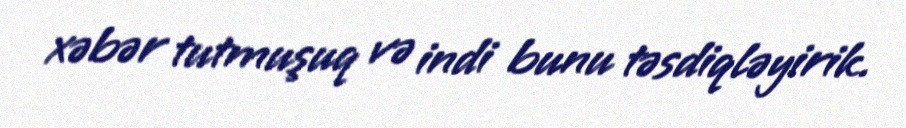
xəbər tutmuşuq və indi bunu təsdiqləyirik.